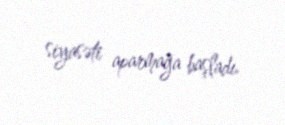
siyasəti aparmağa başladı.